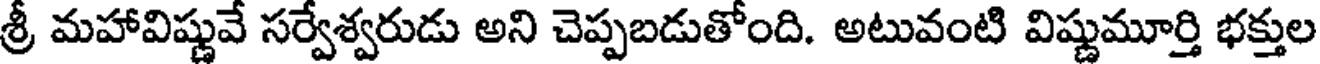
శ్రీ మహావిష్ణువే సర్వేశ్వరుడు అని చెప్పబడుతోంది. అటువంటి విష్ణుమూర్తి భక్తుల